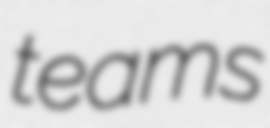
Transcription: teams